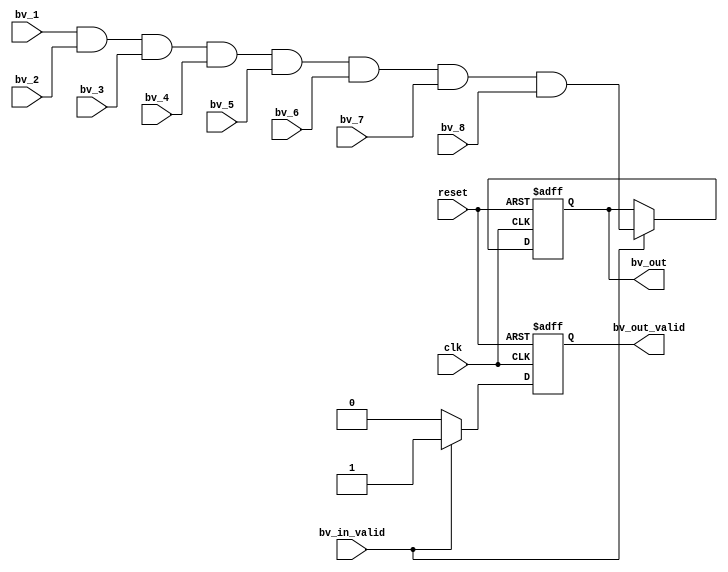
// This program was cloned from: https://github.com/FAST-Switch/fast
// License: Apache License 2.0


`timescale 1ns/1ps

module bv_and_8(
clk,
reset,

bv_in_valid,
bv_1,
bv_2,
bv_3,
bv_4,
bv_5,
bv_6,
bv_7,
bv_8,
bv_out_valid,
bv_out

);

input clk;
input reset;
input bv_in_valid;
input [35:0]  bv_1;
input [35:0]  bv_2;
input [35:0]  bv_3;
input [35:0]  bv_4;
input [35:0]  bv_5;
input [35:0]  bv_6;
input [35:0]  bv_7;
input [35:0]  bv_8;
output  reg         bv_out_valid;
output  reg [35:0]  bv_out;

always @(posedge clk or negedge reset)
begin
    if(!reset)
      begin
          bv_out <= 36'b0;
          bv_out_valid <= 1'b0;
      end
    else
      begin
          if(bv_in_valid == 1'b1)
            begin
                bv_out <= bv_1 & bv_2 & bv_3 &bv_4 & bv_5 & bv_6 & bv_7 & bv_8;
                bv_out_valid <= 1'b1;
            end
          else  bv_out_valid <= 1'b0;
      end
end













endmodule